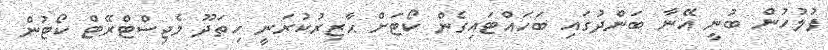
ފުލުހުން ބުނީ އޭނާ ބަންދުގައި ބަހައްޓައިގެން ކޯޓަށް ޙާޒިރުކުރަނީ ހިތަދޫ މެޖިސްޓްރޭޓް ކޯޓުން